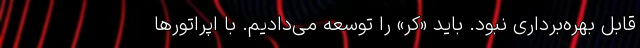
قابل بهره‌برداری نبود. باید «کُر» را توسعه می‌دادیم. با اپراتورها